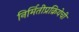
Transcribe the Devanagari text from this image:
निर्मितीप्रक्रियेची